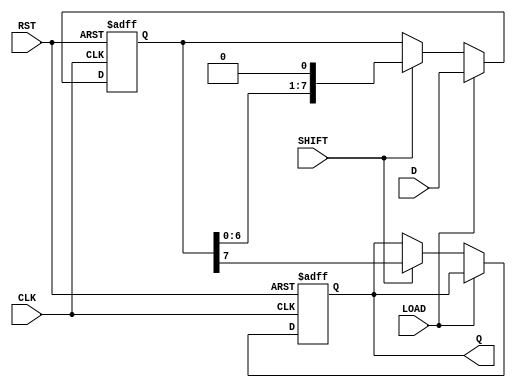
module PISO_Register #(
    parameter WIDTH = 8 // Parameter to define the width of the register
)(
    input wire [WIDTH-1:0] D,      // Parallel data input
    input wire LOAD,                // Load control signal
    input wire SHIFT,               // Shift control signal
    input wire CLK,                 // Clock signal
    input wire RST,                 // Reset signal (active high)
    output reg Q                   // Serial output
);

    reg [WIDTH-1:0] shift_reg;      // Shift register array

    always @(posedge CLK or posedge RST) begin
        if (RST) begin
            shift_reg <= {WIDTH{1'b0}}; // Clear the register on reset
            Q <= 1'b0;                  // Clear serial output on reset
        end else begin
            if (LOAD) begin
                shift_reg <= D;         // Load data into the shift register
            end else if (SHIFT) begin
                Q <= shift_reg[WIDTH-1]; // Output the MSB to Q
                shift_reg <= {shift_reg[WIDTH-2:0], 1'b0}; // Shift right
            end
        end
    end

endmodule